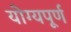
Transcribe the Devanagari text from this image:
योग्यपूर्ण